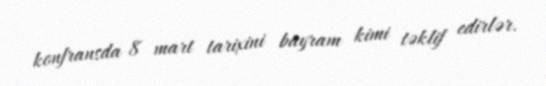
konfransda 8 mart tarixini bayram kimi təklif edirlər.